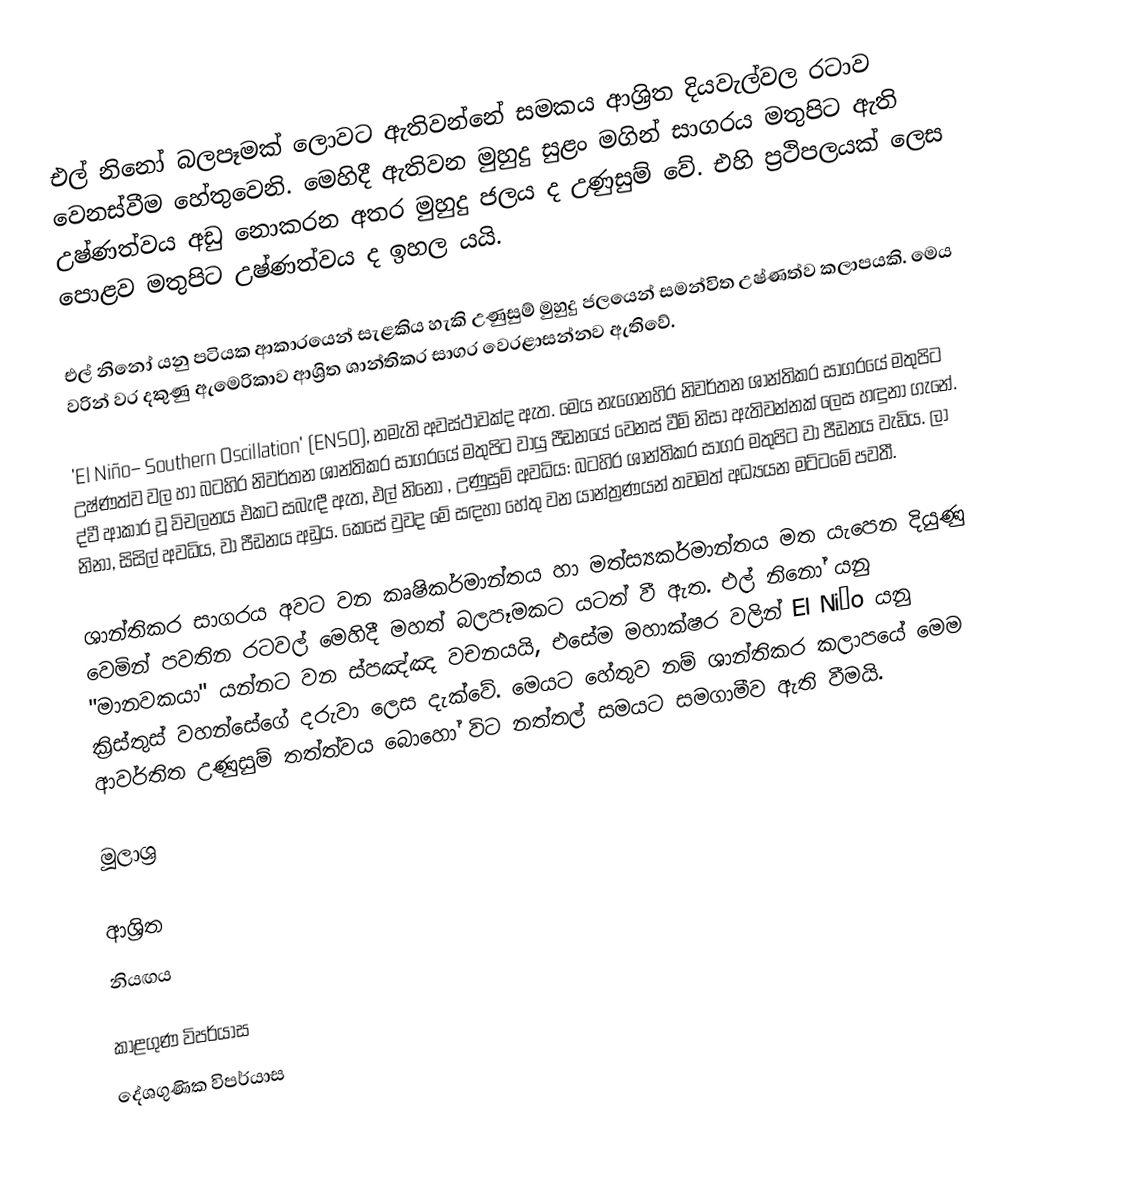
එල් නිනෝ බලපෑමක් ලොවට ඇතිවන්නේ සමකය ආශ්‍රිත දියවැල්වල රටාව වෙනස්වීම හේතුවෙනි. මෙහිදී ඇතිවන මුහුදු සුළං මගින් සාගරය මතුපිට ඇති උෂ්ණත්වය අඩු නොකරන අතර මුහුදු ජලය ද උණුසුම් වේ. එහි ප්‍රථිපලයක් ලෙස පොළව මතුපිට උෂ්ණත්වය ද ඉහල යයි.

එල් නිනෝ යනු පටියක ආකාරයෙන් සැළකිය හැකි උණුසුම් මුහුදු ජලයෙන් සමන්විත උෂ්ණත්ව කලාපයකි. මෙය වරින් වර දකුණු ඇමෙරිකාව ආශ්‍රිත ශාන්තිකර සාගර වෙරළාසන්නව ඇතිවේ.

'El Niño– Southern Oscillation' (ENSO), නමැති අවස්ථාවක්ද ඇත. මෙය නැගෙනහිර නිවර්තන ශාන්තිකර සාගරයේ මතුපිට උෂ්ණත්ව වල  හා බටහිර නිවර්තන ශාන්තිකර සාගරයේ මතුපිට වායු පීඩනයේ වෙනස් වීම් නිසා ඇතිවන්නක් ලෙස හඳුනා ගැනේ. ද්වී ආකාර වූ විචලනය එකට සබැඳී ඇත, එල් නිනො , උණුසුම් අවධිය: බටහිර ශාන්තිකර සාගර මතුපිට වා පීඩනය වැඩිය. ලා නිනා, සිසිල් අවධිය, වා පීඩනය අඩුය. කෙසේ වුවද මේ සඳහා හේතු වන යාන්ත්‍රණයන් තවමත් අධ්‍යයන මට්ටමේ පවතී.

ශාන්තිකර සාගරය අවට වන කෘෂිකර්මාන්තය හා මත්ස්‍යකර්මාන්තය මත යැපෙන දියුණු වෙමින් පවතින රටවල් මෙහිදී මහත් බලපෑමකට යටත් වී ඇත. එල් නිනෝ යනු "මානවකයා" යන්නට වන ස්පඤ්ඤ වචනයයි, එසේම මහාක්ෂර වලින් El Niño යනු ක්‍රිස්තුස් වහන්සේගේ දරුවා ලෙස දැක්වේ. මෙයට හේතුව නම් ශාන්තිකර කලාපයේ මෙම ආවර්තිත උණුසුම් තත්ත්වය බොහෝ විට නත්තල් සමයට සමගාමීව ඇති වීමයි.

මූලාශ්‍ර

ආශ්‍රිත
 නියඟය

කාළගුණ විපර්යාස
දේශගුණික විපර්යාස